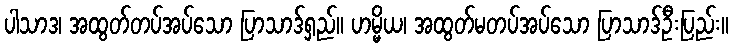
ပါသာဒ၊ အထွတ်တပ်အပ်သော ပြာသာဒ်ရှည်။ ဟမ္မိယ၊ အထွတ်မတပ်အပ်သော ပြာသာဒ်ဦးပြည်း။